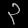
Digit: ၃